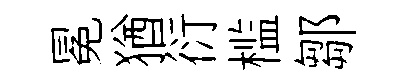
冕猶衍槛鄒